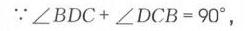
\(\because\angle BDC + \angle DCB = 90^{\circ}\)